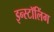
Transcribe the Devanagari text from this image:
इन्स्टॉलिंग